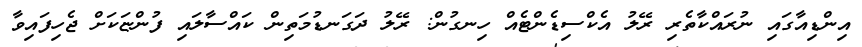
އިންޑިއާގައި ނުރައްކާތެރި ރޭލު އެކްސިޑެންޓެއް ހިނގުން: ރޭލު ދަގަނޑުމަތިން ކައްސާލައި ފުންޏަކަށް ޖެހިފައިވާ